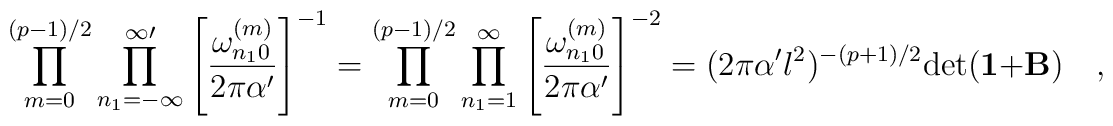
\prod_{m=0}^{(p-1)/2} \prod_{n_1=-\infty}^{\infty \prime} \left [ {{ \omega^{(m)}_{n_10}}\over{2\pi\alpha^{\prime}}} \right ]^{-1} = \prod_{m=0}^{(p-1)/2} \prod_{n_1=1}^{\infty} \left [ {{ \omega^{(m)}_{n_10}}\over{2\pi\alpha^{\prime}}} \right ]^{-2} = (2\pi \alpha^{\prime} l^2 )^{-(p+1)/2}  {\rm det} ({\bf 1} + {\bf B} ) \quad ,